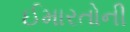
ઈમારતોની